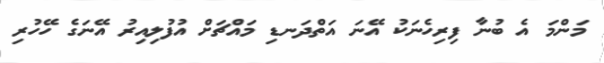
މަންމަ އެ ބުނާ ފިރިހެނަކު އޭނަ އަތްދަނޑި މައްޗަށް އުފުލިއިރު އޭނަގެ ހޭހުރި